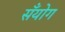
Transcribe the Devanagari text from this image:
सँयोग